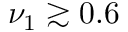
\nu _ { 1 } \gtrsim 0 . 6